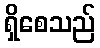
ရှိစေသည်